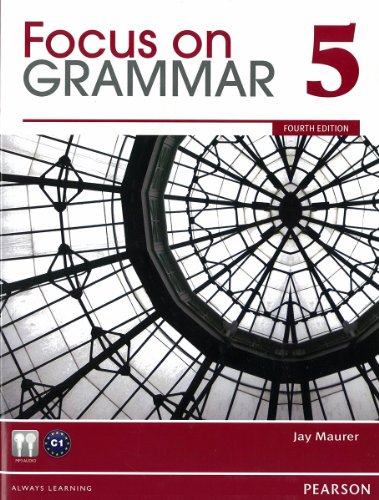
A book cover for Focus on Grammar 5 (4th Edition); Jay Maurer; Reference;